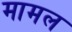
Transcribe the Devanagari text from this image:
मामल